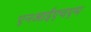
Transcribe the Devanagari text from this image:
एनआईएचएम